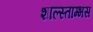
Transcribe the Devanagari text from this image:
शाल्स्ताम्भस